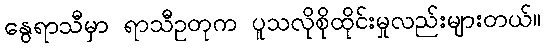
နွေရာသီမှာ ရာသီဥတုက ပူသလိုစိုထိုင်းမှုလည်းများတယ်။